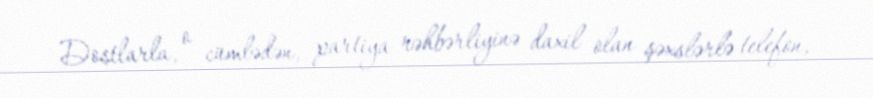
Dostlarla, o cümlədən, partiya rəhbərliyinə daxil olan şəxslərlə telefon,